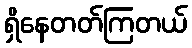
ရှိနေတတ်ကြတယ်